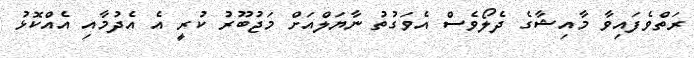
ރަތްވެފައިވާ މާއިޝާގެ ދެލޯވެސް އެވަގުތު ނާޔަލްއަށް މަޖުބޫރު ކުރީ އެ އެދުމާއި އެއްކޮޅު